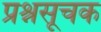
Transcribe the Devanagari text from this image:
प्रश्नसूचक